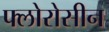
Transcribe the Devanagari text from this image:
फ्लोरोसीन